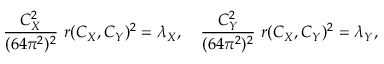
{ \frac { C _ { X } ^ { 2 } } { ( 6 4 \pi ^ { 2 } ) ^ { 2 } } } \ r ( C _ { X } , C _ { Y } ) ^ { 2 } = \lambda _ { X } , \quad { \frac { C _ { Y } ^ { 2 } } { ( 6 4 \pi ^ { 2 } ) ^ { 2 } } } \ r ( C _ { X } , C _ { Y } ) ^ { 2 } = \lambda _ { Y } ,